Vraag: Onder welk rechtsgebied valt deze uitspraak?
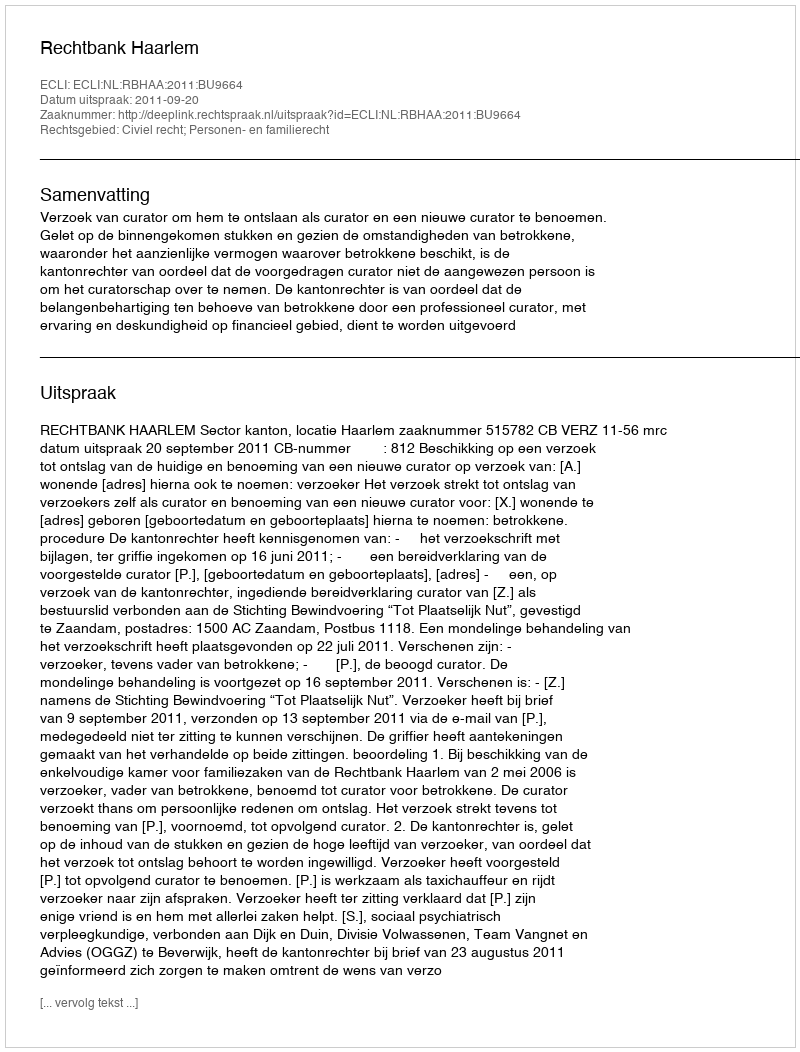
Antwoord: Civiel recht; Personen- en familierecht